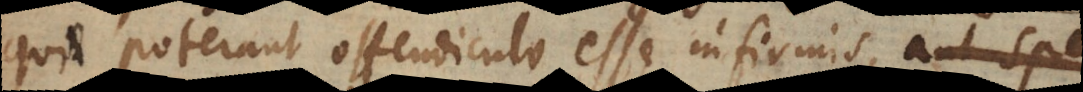
poterant offendiculo esse infirmis, aut s